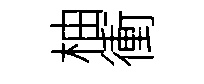
柚衝